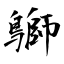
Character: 鶳